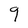
Character: q